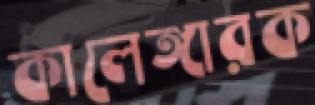
কালেঙ্গারক